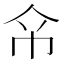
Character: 𢁰